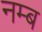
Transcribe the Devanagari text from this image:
नम्ब